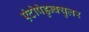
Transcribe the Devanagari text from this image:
एंटोपेडुन्क्युलर